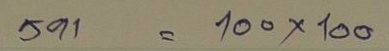
591 = 100x100